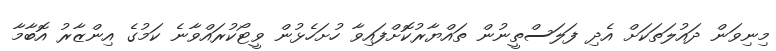
މިނިވަން ދައުލަތަކަށް އެދި ފަލަސްތީނުން ތައްޔާރުކޮށްފައިވާ ހުށަހެޅުން ވީޓޯކުރައްވާނެ ކަމުގެ އިންޒާރު އޮބާމާ